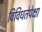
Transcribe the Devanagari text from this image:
विविधतेपेक्षा